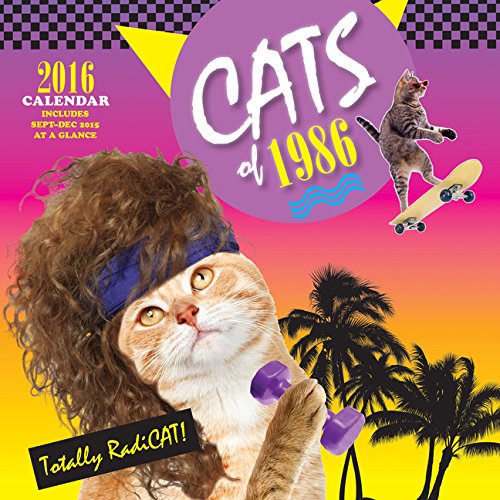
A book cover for Cats of 1986 2016 Wall Calendar; Chronicle Books; Calendars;